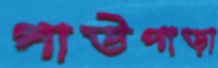
গাউপাড়া